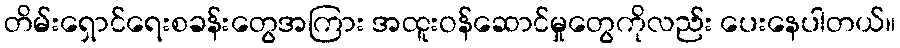
တိမ်းရှောင်ရေးစခန်းတွေအကြား အထူးဝန်ဆောင်မှုတွေကိုလည်း ပေးနေပါတယ်။